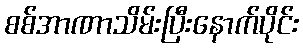
စစ်အာဏာသိမ်းပြီးနောက်ပိုင်း